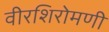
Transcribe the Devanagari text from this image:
वीरशिरोमणी